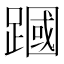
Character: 𫏜